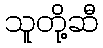
သူတို့ဆီ